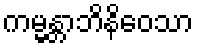
ကမ္မန္တာဘိနိဝေသာ